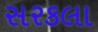
સરકલા